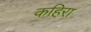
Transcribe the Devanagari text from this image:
कहिरा